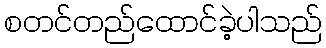
စတင်တည်ထောင်ခဲ့ပါသည်